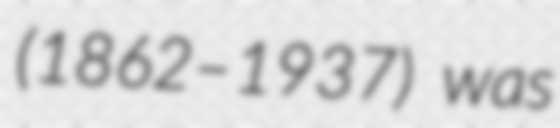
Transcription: (1862–1937) was